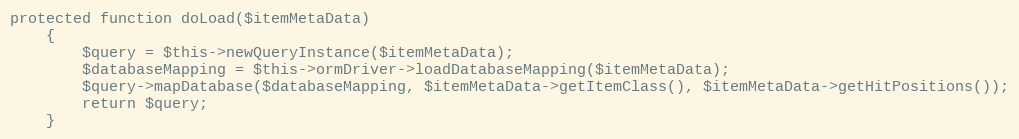
Language: PHP
protected function doLoad($itemMetaData)
	{
		$query = $this->newQueryInstance($itemMetaData);
		$databaseMapping = $this->ormDriver->loadDatabaseMapping($itemMetaData);
		$query->mapDatabase($databaseMapping, $itemMetaData->getItemClass(), $itemMetaData->getHitPositions());
		return $query;
	}